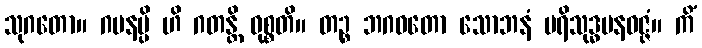
သုဂတော။ ဂမနမ္ပိ ဟိ ဂတန္တိ ဝုစ္စတိ။ တဉ္စ ဘဂဝတော သောဘနံ ပရိသုဒ္ဓမနဝဇ္ဇံ။ ကိံ